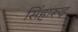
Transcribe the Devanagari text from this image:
सिंहारूढ़